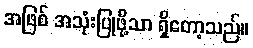
အဖြစ် အသုံးပြုဖို့သာ ရှိတော့သည်။